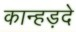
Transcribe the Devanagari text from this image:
कान्हड़दे